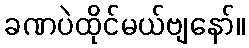
ခဏပဲထိုင်မယ်ဗျနော်။